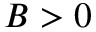
B > 0